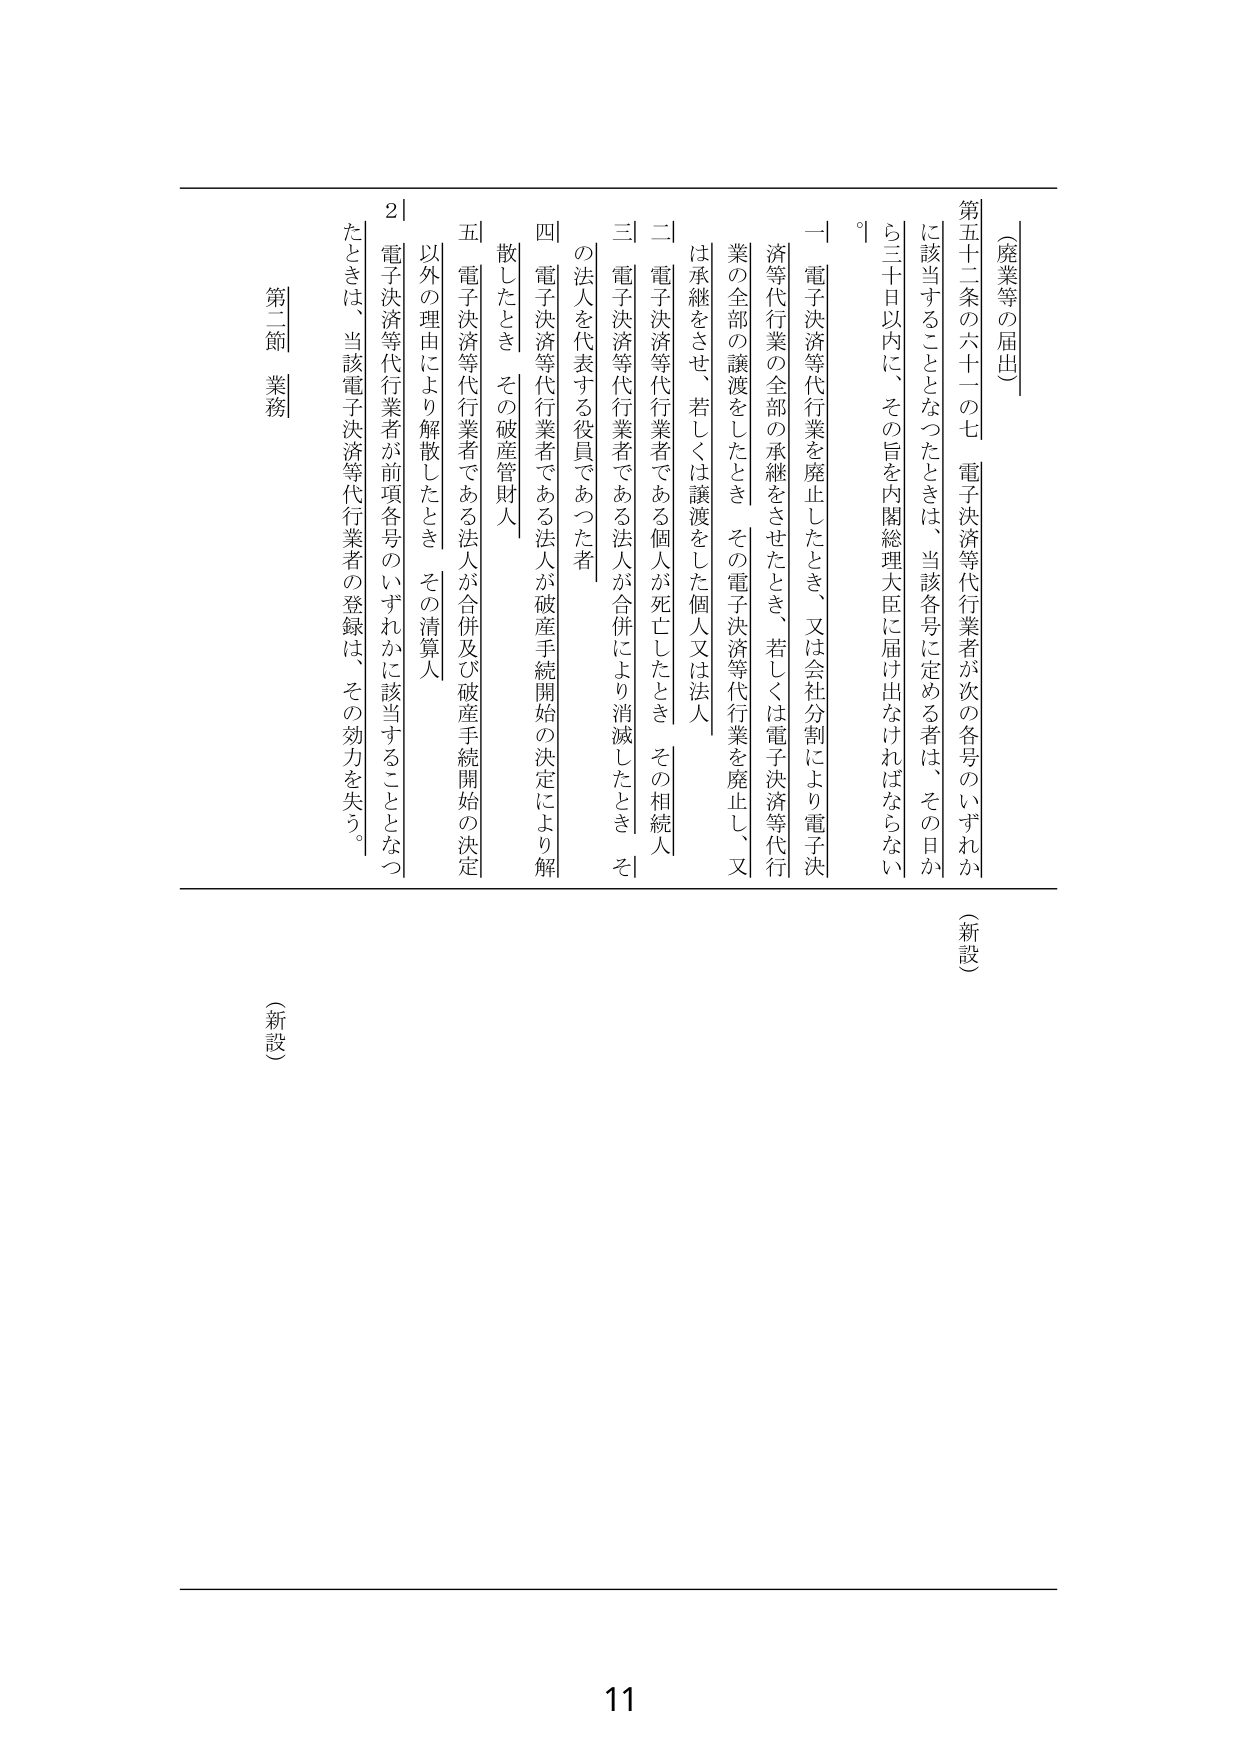
（廃業等の届出）

第五十二条の六十一の七 電子決済等代行業者が次の各号のいずれかに該当することとなったときは、当該各号に定める者は、その日から三十日以内に、その旨を内閣総理大臣に届け出なければならない。

一 電子決済等代行業を廃止したとき、又は会社分割により電子決済等代行業の全部の承継をさせたとき、若しくは電子決済等代行業の全部の譲渡をしたとき その電子決済等代行業を廃止、又は承継をさせ、若しくは譲渡をした個人又は法人

二 電子決済等代行業者である個人が死亡したとき その相続人

三 電子決済等代行業者である法人が合併により消滅したとき その法人を代表する役員であった者

四 電子決済等代行業者である法人が破産手続開始の決定により解散したとき その破産管財人

五 電子決済等代行業者である法人が合併及び破産手続開始の決定以外の理由により解散したとき その清算人

２ 電子決済等代行業者が前項各号のいずれかに該当することとなったときは、当該電子決済等代行業者の登録は、その効力を失う。

（新設）

第二節 業務

（新設）

11